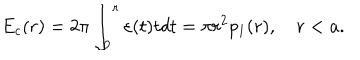
E _ { c } ( r ) = 2 \pi \int _ { 0 } ^ { r } { \varepsilon ( t ) t d t } = \pi r ^ { 2 } p _ { 1 } ( r ) , \quad r < a .